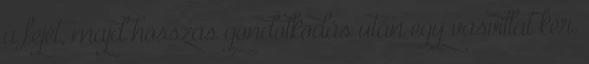
a fejét, majd hosszas gondolkodás után egy vasvillát kér.